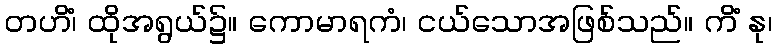
တဟိံ၊ ထိုအရွယ်၌။ ကောမာရကံ၊ ငယ်သောအဖြစ်သည်။ ကိံ နု၊